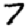
Digit: 7